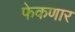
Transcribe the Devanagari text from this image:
फेकणार